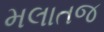
મલાતજ